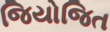
જિયોજિત